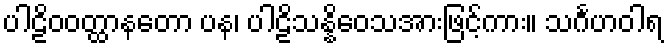
ပါဠိဝဝတ္ထာနတော ပန၊ ပါဠိသန္နိဝေသအားဖြင့်ကား။ သင်္ဂဟဝါရ